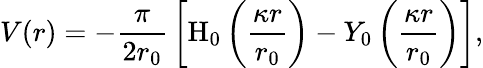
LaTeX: V(r)=-{\frac{\pi}{2r_{0}}}\left[{\mathrm{H}}_{0}\left({\frac{\kappa r}{r_{0}}}\right)-Y_{0}\left({\frac{\kappa r}{r_{0}}}\right)\right],